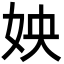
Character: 姎